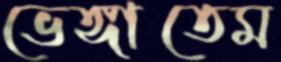
ভেঙ্গাতেম